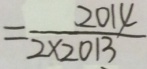
= \frac { 2 0 1 4 } { 2 \times 2 0 1 3 }